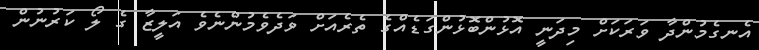
އެނގެމުންދާ ވަރަކަށް މިދަނީ އޮޅުންބޮޅުންގަޑެއްގެ ތެރެއަށް ވަދެވެމުންނެވެ އަލީޒާ ގެ ލޯ ކަރުނުން